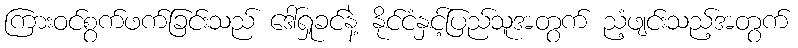
ကြားဝင်စွက်ဖက်ခြင်းသည် ဒေါ်ရှုခင်နဲ့ နိုင်ငံနှင့်ပြည်သူအတွက် ညံ့ဖျင်းသည့်အတွက်